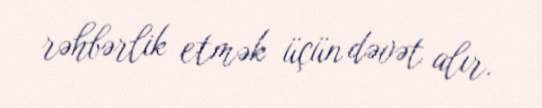
rəhbərlik etmək üçün dəvət alır.